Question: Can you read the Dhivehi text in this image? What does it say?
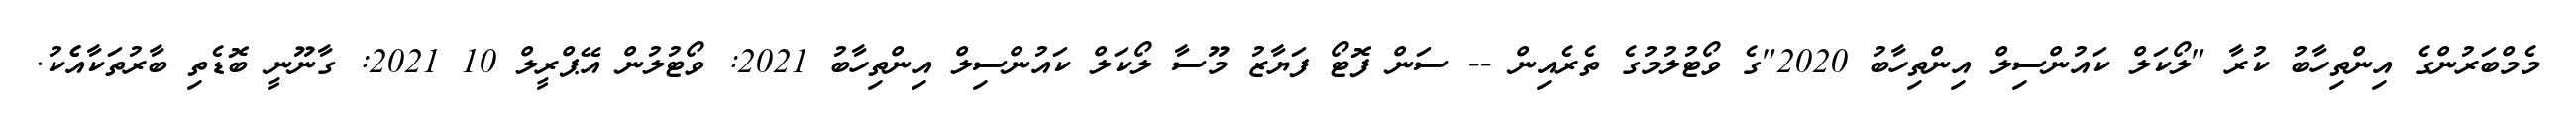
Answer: މެމްބަރުންގެ އިންތިހާބު ކުރާ "ލޯކަލް ކައުންސިލް އިންތިހާބު 2020"ގެ ވޯޓުލުމުގެ ތެރެއިން -- ސަން ފޮޓޯ ފަޔާޒު މޫސާ ލޯކަލް ކައުންސިލް އިންތިހާބު 2021: ވޯޓުލުން އޭޕްރީލް 10 2021: ގާނޫނީ ބޮޑެތި ބާރުތަކާއެެކު.